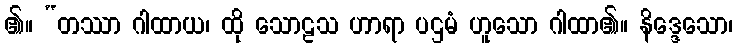
၏။ “တဿာ ဂါထာယ၊ ထို သောဠသ ဟာရာ ပဌမံ ဟူသော ဂါထာ၏။ နိဒ္ဒေသော၊